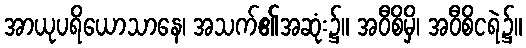
အာယုပရိယောသာနေ၊ အသက်၏အဆုံး၌။ အဝီစိမှိ၊ အဝီစိငရဲ၌။